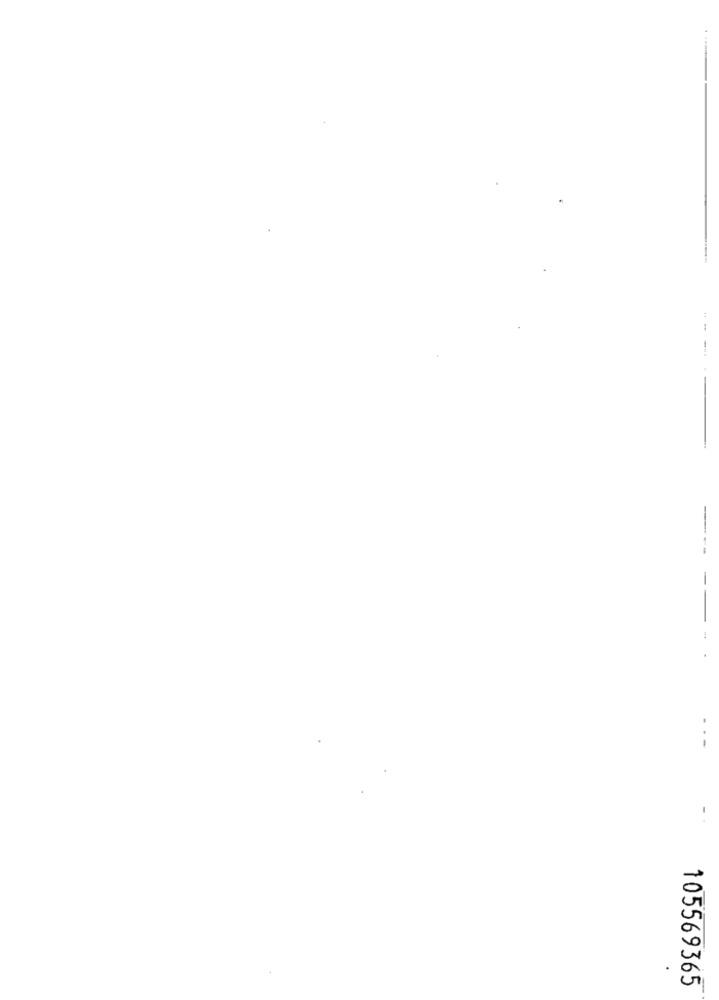
---
-
105569365